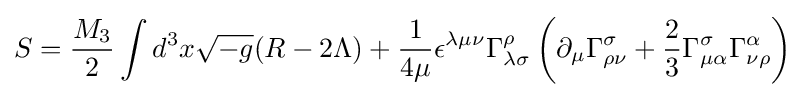
S={\frac {M_{3}}{2}}\int d^{3}x{\sqrt {-g}}(R-2\Lambda )+{\frac {1}{4\mu }}\epsilon ^{\lambda \mu \nu }\Gamma _{\lambda \sigma }^{\rho }\left(\partial _{\mu }\Gamma _{\rho \nu }^{\sigma }+{\frac {2}{3}}\Gamma _{\mu \alpha }^{\sigma }\Gamma _{\nu \rho }^{\alpha }\right)